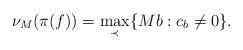
LaTeX: \begin{align*}\nu_M(\pi( f))=\max_{\prec}\{Mb:c_b\not =0\}.\end{align*}